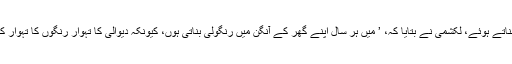
رنگولی بناتے ہوئے، لکشمی نے بتایا کہ، ’ میں ہر سال اپنے گھر کے آنگن میں رنگولی بناتی ہوں، کیونکہ دیوالی کا تہوار رنگوں کا تہوار کہلاتا ہے۔